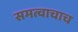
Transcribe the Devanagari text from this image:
समत्वाचाच